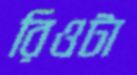
রিওটা